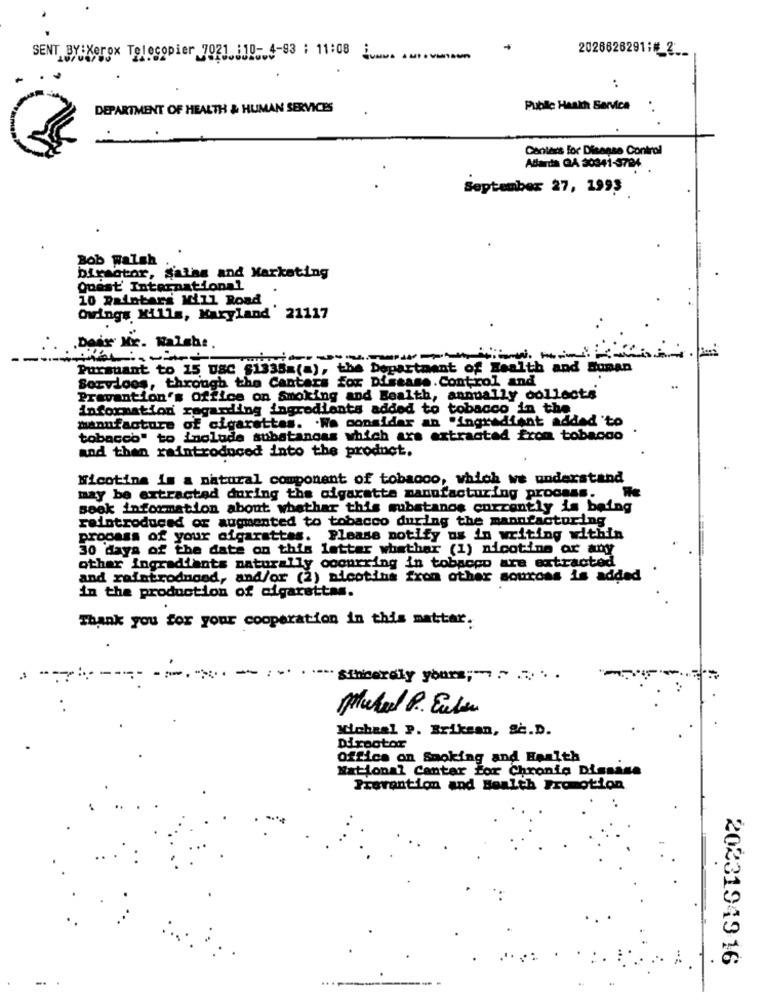
2026626291;4_2 __
SENT BY:Xerox Telecopier 7021 ;10- 4-93 : 11:08 i .....
..
DEPARTMENT OF HEALTH & HUMAN SERVICES
Public Haakh Service
Centers for Disease Control
Adarda GA 30341-3794
September 27, 1993
Bob Walsh
Director, Sathe and Marketing
Quest' International
10 Daintars Will Road
Owings Mills, Maryland 21117
.Deixe Mr. Walsh :.
Pursuant to 15 DSC $1335=(a), the Department of Health and Human
Services, through the Cantars for Disease Control and
Prevention's Office on Smoking and Health, annually collects
information regarding ingredients added to tobacco in the
manufacture of cigarettes. . We consider an "ingredient added 'to
tobacco" to include subatanoas which are extracted from tobacco
and then raintroduced into the product.
Nicotina is a natural component of tobacco, which we understand
may be extracted during the cigaratte manufacturing process. We
sook information about whathar this substanos currently is being
reintroduced or augmented to tobacco during the manufacturing
process of your cigarettes.
Please notify us in writing within
30 days of the date on this letter whathar (1) nicotine or any
othar Ingrediants naturally occurring in tobacco are extracted
and raintrodnood, and/or (2) nicotins fron other souross is added
in the production of cigarettes.
Thank you for your cooperation in this matter.
Sincerely yours ;-. ... ..
Mukad P. Eulen
Micheal P. Briksan, Sc.D.
Director
Office on Smoking and Hoalth
National Center For Chronic Dissine
Prevention and Health Promotion
2023194916